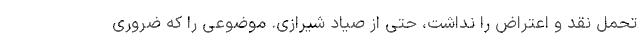
تحمل نقد و اعتراض را نداشت، حتی از صیاد شیرازی. موضوعی را که ضروری